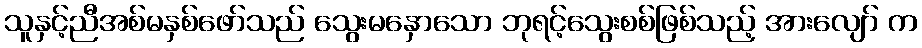
သူနှင့်ညီအစ်မနှစ်ဖော်သည် သွေးမနှောသော ဘုရင့်သွေးစစ်ဖြစ်သည့် အားလျော် က